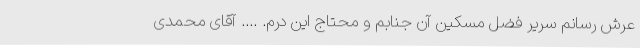
عرش رسانم سریر فضل مسکینِ آن ‌جنابم و محتاج این دَرَم. .... آقای محمدی